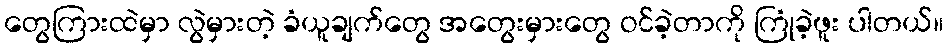
တွေကြားထဲမှာ လွဲမှားတဲ့ ခံယူချက်တွေ အတွေးမှားတွေ ဝင်ခဲ့တာကို ကြုံခဲ့ဖူး ပါတယ်။